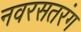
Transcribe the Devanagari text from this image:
नवरसतरंग